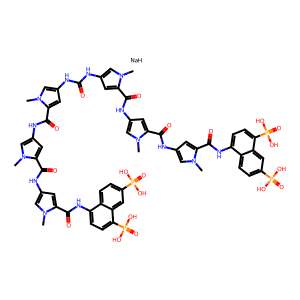
SMILES: Cn1cc(NC(=O)Nc2cc(C(=O)Nc3cc(C(=O)Nc4cc(C(=O)Nc5ccc(P(=O)(O)O)c6cc(P(=O)(O)O)ccc56)n(C)c4)n(C)c3)n(C)c2)cc1C(=O)Nc1cc(C(=O)Nc2cc(C(=O)Nc3ccc(P(=O)(O)O)c4cc(P(=O)(O)O)ccc34)n(C)c2)n(C)c1.[NaH]
Inhibits HIV replication: Yes